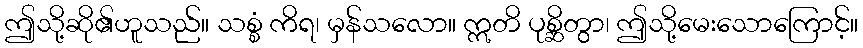
ဤသို့ဆို၏ဟူသည်။ သစ္စံ ကိရ၊ မှန်သလော။ ဣတိ ပုစ္ဆိတွာ၊ ဤသို့မေးသောကြောင့်။